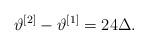
LaTeX: \begin{align*} \vartheta^{[2]} - \vartheta^{[1]} = 24 \Delta. \end{align*}